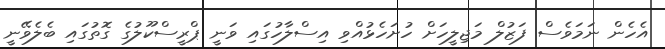
އެހެން ނަމަވެސް ފަޒުލް މަޖިލީހަށް ހުށަހެޅުއްވި އިސްލާހުގައި ވަނީ ޕްރީސްކޫލުގެ ގޮތުގައި ބެލެވޭނީ